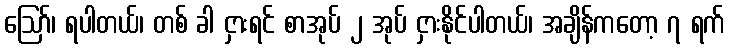
ဪ၊ ရပါတယ်၊ တစ် ခါ ငှားရင် စာအုပ် ၂ အုပ် ငှားနိုင်ပါတယ်၊ အချိန်ကတော့ ၇ ရက်